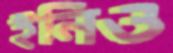
ইনিও